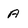
Character: A